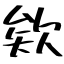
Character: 欸